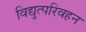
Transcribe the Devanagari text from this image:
विद्युत्परिवहन